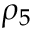
\rho _ { 5 }